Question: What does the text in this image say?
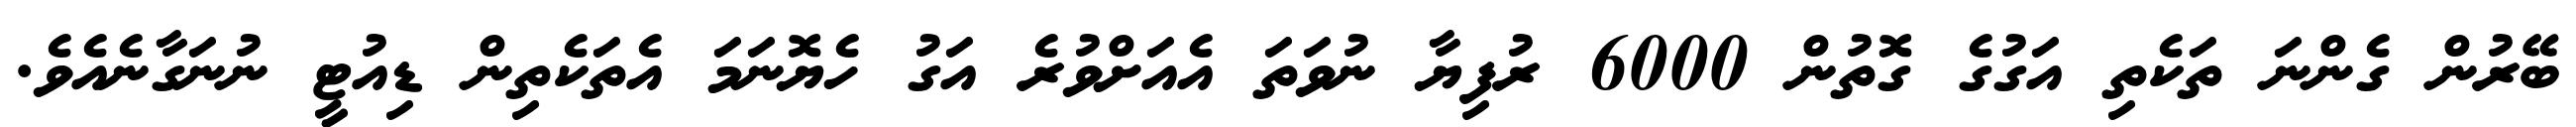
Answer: ބޭރުން ގެންނަ ތަކެތި އަގުގެ ގޮތުން 6000 ރުފިޔާ ނުވަތަ އެއަށްވުރެ އަގު ހެޔޮނަމަ އެތަކެތިން ޑިއުޓީ ނުނަގާނެއެވެ.